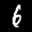
Label: 6